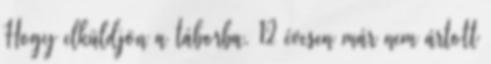
Hogy elküldjön a táborba. 12 évesen már nem ártott